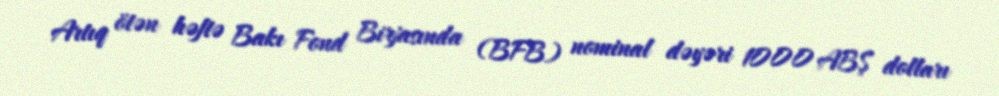
Artıq ötən həftə Bakı Fond Birjasında (BFB) nominal dəyəri 1000 ABŞ dolları